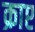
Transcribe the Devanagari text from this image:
क्राप्ट